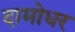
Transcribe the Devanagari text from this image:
दामोधर